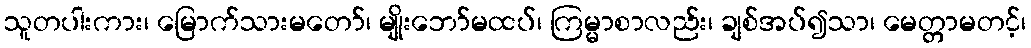
သူတပါးကား၊ မြောက်သားမတော်၊ မျိုးဘော်မထပ်၊ ကြမ္မာစာလည်း၊ ချစ်အပ်၍သာ၊ မေတ္တာမတင့်၊